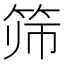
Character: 筛